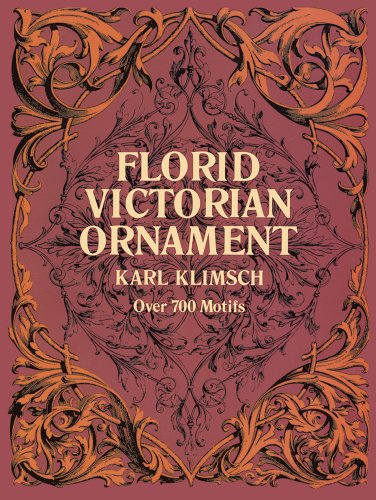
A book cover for Florid Victorian Ornament (Lettering, Calligraphy, Typography); Karl Klimsch; Arts & Photography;